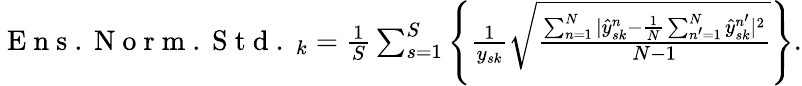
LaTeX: \begin{array}{r}{\mathrm{~E~n~s~.~N~o~r~m~.~S~t~d~.~}_{k}=\frac{1}{S}\sum_{s=1}^{S}\left\{ \frac{1}{y_{sk}}\sqrt{\frac{\sum_{n=1}^{N}|\hat{y}_{sk}^{n}-\frac{1}{N}\sum_{n^{\prime}=1}^{N}\hat{y}_{sk}^{n^{\prime}}|^{2}}{N-1}}\right\} .}\end{array}